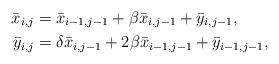
LaTeX: \begin{align*}\bar{x}_{i,j} &= \bar{x}_{i-1,j-1}+\beta \bar{x}_{i,j-1}+\bar{y}_{i,j-1},\\\bar{y}_{i,j} &= \delta \bar{x}_{i,j-1}+2\beta \bar{x}_{i-1,j-1}+\bar{y}_{i-1,j-1},\end{align*}